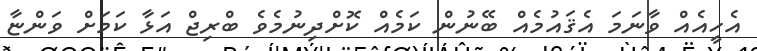
އެހީއެއް ވާނަމަ އެޤައުމެއް ބޭނުން ކަމެއް ކޮށްދިނުމެވެ ބްރިޖް އަޅާ ކަމަށް ވަންޏާ